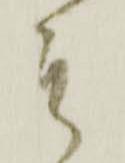
そ